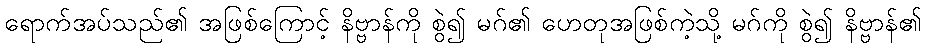
ရောက်အပ်သည်၏ အဖြစ်ကြောင့် နိဗ္ဗာန်ကို စွဲ၍ မဂ်၏ ဟေတုအဖြစ်ကဲ့သို့ မဂ်ကို စွဲ၍ နိဗ္ဗာန်၏